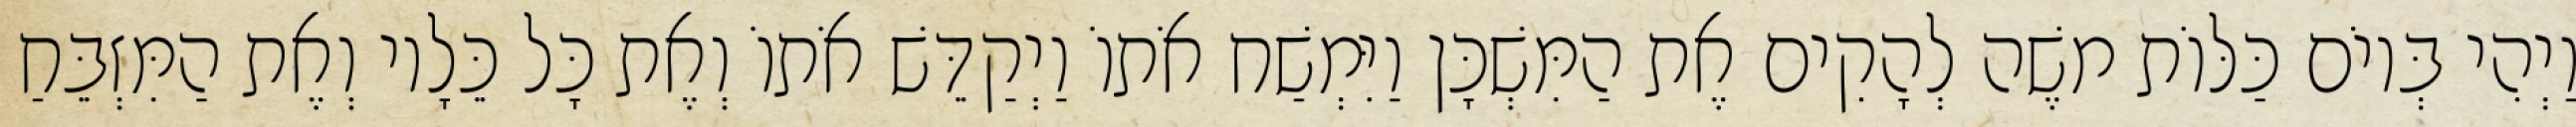
וַיְהִי בְּיוֹם כַּלּוֹת משֶׁה לְהָקִים אֶת הַמִּשְׁכָּן וַיִּמְשַׁח אֹתוֹ וַיְקַדֵּשׁ אֹתוֹ וְאֶת כָּל כֵּלָיו וְאֶת הַמִּזְבֵּחַ